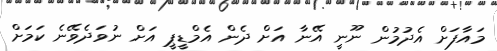
މައާފަށް އެދުމުން ނޫނީ އޭނާ އަށް ދެން އެމްޑީޕީ އަށް ނުވަދެވޭނެ ކަމަށް